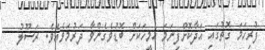
ފުރިހަމަ ގޮތުގައި އަދާކޮށްފިނަމަ އެމީހަކަށް ބޮޑުވެގެންވާ ދަރުމަވެއެވެ. ރަސޫލު